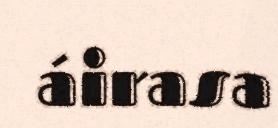
áirasa